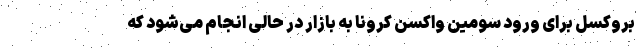
بروکسل برای ورود سومین واکسن کرونا به بازار در حالی انجام می‌شود که